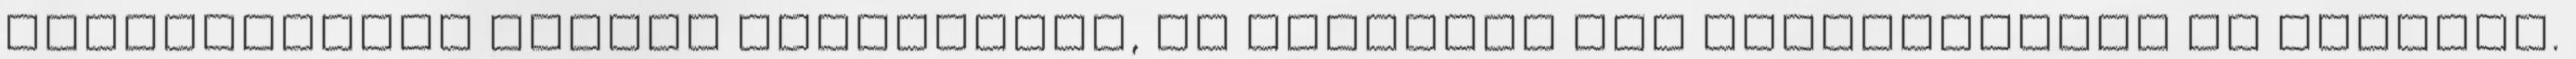
szolgáltatás Összes nagyméretű, HD minőségű kép megtekintése az oldalon.